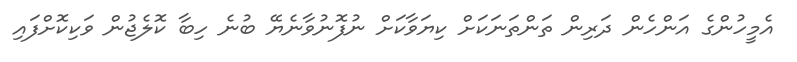
އެމީހުންގެ އަންހެން ދަރިން ތަންތަނަކަށް ކިޔަވާކަށް ނުފޮނުވާނެޔޭ ބުނެ ހިބާ ކޮލެޖުން ވަކިކޮށްފައި